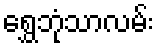
ရွှေဘုံသာလမ်း